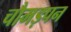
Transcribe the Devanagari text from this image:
चौमड़पन